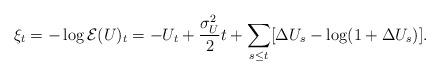
LaTeX: \begin{align*} \xi_t = - \log \mathcal{E}(U)_t =- U_t + \frac{\sigma_U^2}{2} t + \sum_{s \leq t} [ \Delta U_s - \log (1 + \Delta U_s) ].\end{align*}